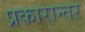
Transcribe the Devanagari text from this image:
प्रकारान्‍तर